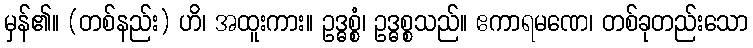
မှန်၏။ (တစ်နည်း) ဟိ၊ အထူးကား။ ဥဒ္ဓစ္စံ၊ ဥဒ္ဓစ္စသည်။ ဧကာရမဏေ၊ တစ်ခုတည်းသော